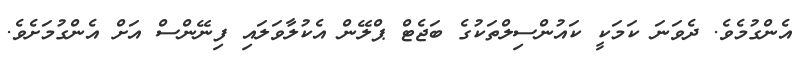
އެންގުމެވެ. ދެވަނަ ކަމަކީ ކައުންސިލްތަކުގެ ބަޖެޓް ޕްލޭން އެކުލާވަލައި ފިނޭންސް އަށް އެންގުމަށެވެ.